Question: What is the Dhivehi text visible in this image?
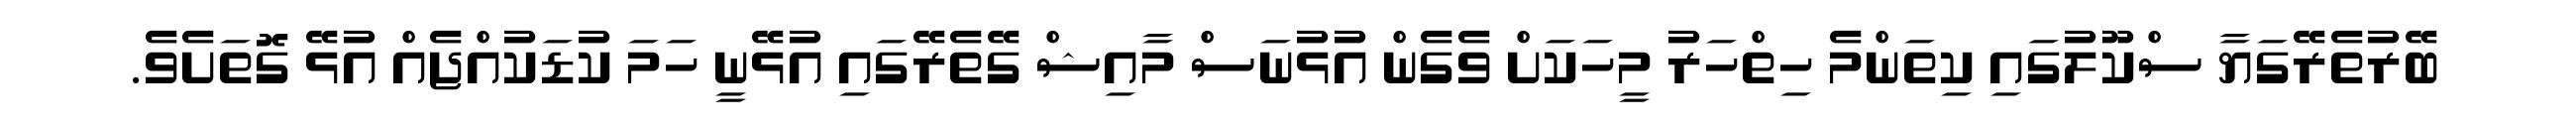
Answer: ބޭރުތެރޭގަޔާ ސްކޫލުގައި ކިތަންމެ ހިތްހަރު މީހަކަށް ވެގެން އުޅުނަސް މާއިޝް ގޭތެރޭގައި އުޅޭނީ ހަމަ ކުޑަކުއްޖެއް އުޅޭ ގޮތަށެވެ.